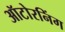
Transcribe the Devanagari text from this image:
ऑटोरनिंग